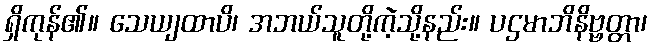
ရှိကုန်၏။ သေယျထာပိ၊ အဘယ်သူတို့ကဲ့သို့နည်း။ ပဌမာဘိနိဗ္ဗတ္တာ၊